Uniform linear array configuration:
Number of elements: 24
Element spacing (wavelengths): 0.75
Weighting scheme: uniform
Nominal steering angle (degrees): -30
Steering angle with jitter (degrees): -31.565
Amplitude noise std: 0.05
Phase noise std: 0.05

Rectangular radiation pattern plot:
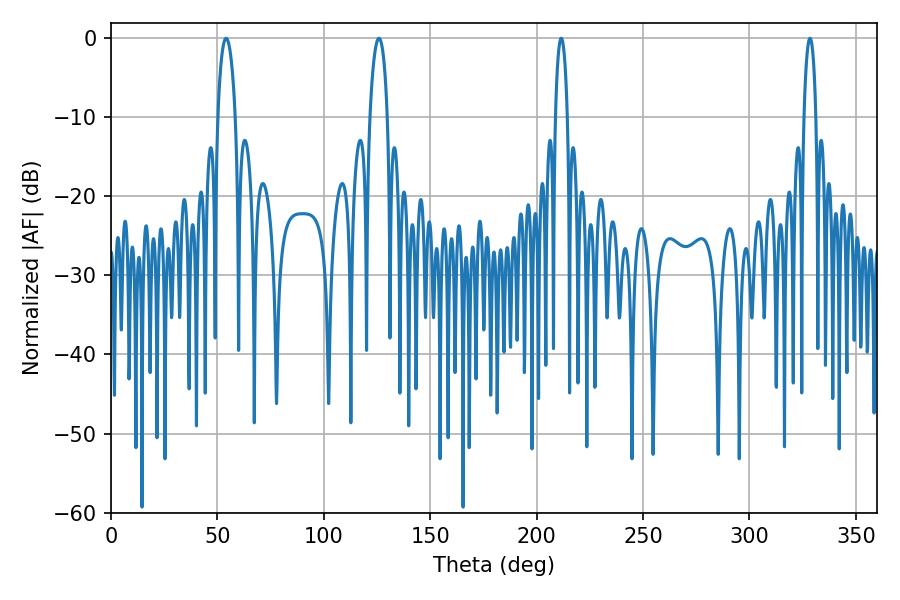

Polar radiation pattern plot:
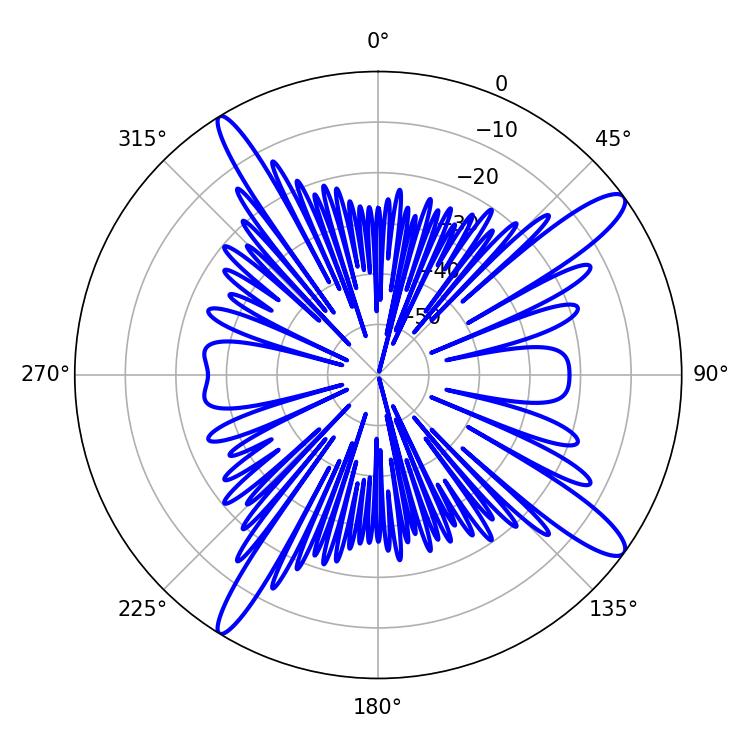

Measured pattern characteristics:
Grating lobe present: TRUE
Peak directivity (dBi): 13.751
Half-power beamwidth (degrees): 3.06
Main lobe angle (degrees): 211.5